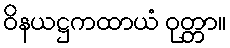
ဝိနယဋ္ဌကထာယံ ဝုတ္တာ။